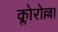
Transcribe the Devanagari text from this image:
क्लोरोल्ला